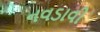
નવડાવી